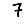
Digit: 7